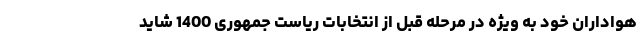
هواداران خود به ویژه در مرحله قبل از انتخابات ریاست جمهوری 1400 شاید